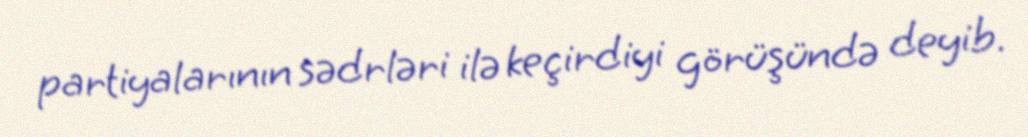
partiyalarının sədrləri ilə keçirdiyi görüşündə deyib.